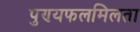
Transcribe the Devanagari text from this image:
पुण्यफलमिलता